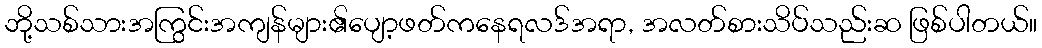
ဘို့သစ်သားအကြွင်းအကျန်များ၏ပျော့ဖတ်ကနေရလဒ်အရာ, အလတ်စားသိပ်သည်းဆ ဖြစ်ပါတယ်။